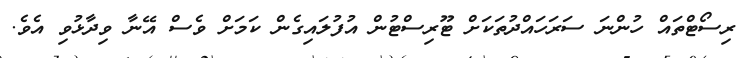
ރިސޯޓްތައް ހުންނަ ސަރަހައްދުތަކަށް ޓޫރިސްޓުން އުފުލައިގެން ކަމަށް ވެސް އޭނާ ވިދާޅުވި އެވެ.